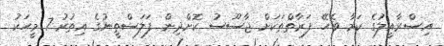
އިސްރާއީލުގެ ކަމާ ބެހޭ ފަރާތްތަކަށް ޖާސޫސު ކޮށްދިން ފަލަސްތީނުގެ އިތުރު 7 މީހަކު